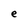
Character: e